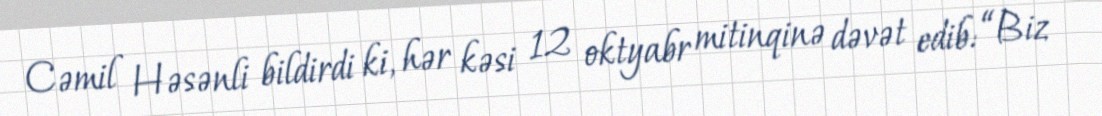
Cəmil Həsənli bildirdi ki, hər kəsi 12 oktyabr mitinqinə dəvət edib: “Biz